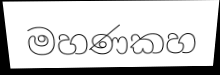
මහණකහ